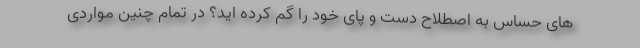
های حساس به اصطلاح دست و پای خود را گم کرده اید؟ در تمام چنین مواردی